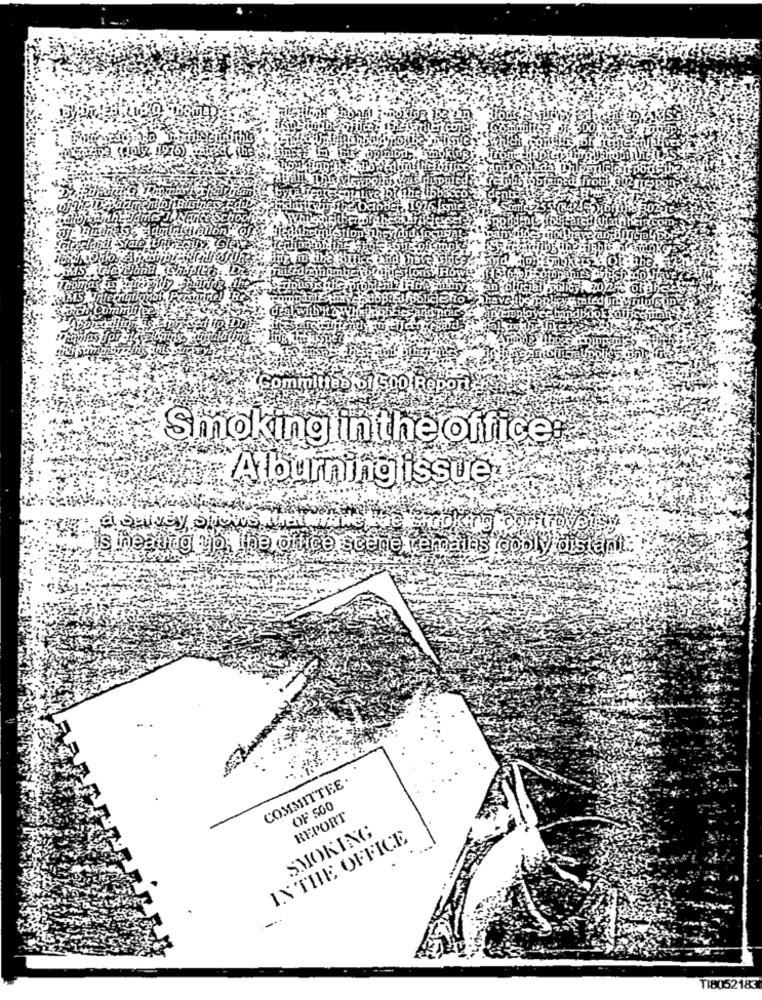
grilu sin
committed 61 5000
Smokinglin the office
Atburninglissue
re: abaivey Shows
Is ineating typ; The office scene remains godly distant ..
COMMITTEE .
OF SOO
REPORT
SMOKING
IN THE OFFICE
TI8052183